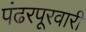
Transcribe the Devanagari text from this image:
पंढरपूरवारी